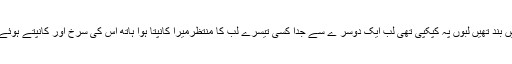
میں نے آنکھیں کھو لی تو اس کی آنکھیں بند تھیں لبوں پہ کپکپی تھی لب ایک دوسر ے سے جدا کسی تیسرے لب کا منتظرمیرا کانپتا ہوا ہاتھ اس کی سرخ اور کانپتے ہوئے ہونٹ کی طرف خود بخود بڑھنے لگا۔